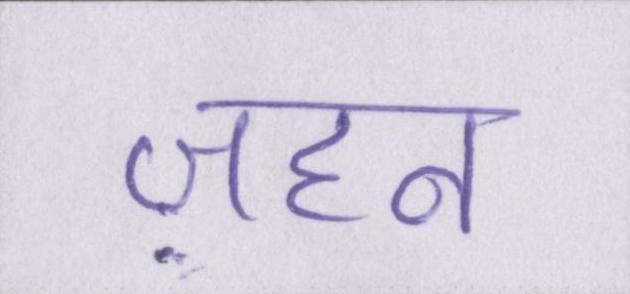
ज़हन